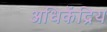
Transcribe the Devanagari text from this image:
अधिकेंद्रिय